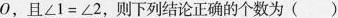
0，且$$∠1=∠2$$，则下列结论正确的个数为()